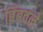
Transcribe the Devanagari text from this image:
बिंबवले